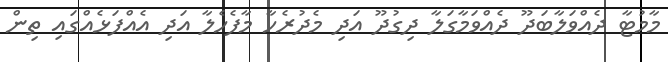
މާމުޓާ ދެއްވަލާބަދޫ ދެއްވަމާގަލާ ދިގުދޫ އަދި މެދުރެހާ މާފެހެލާ އަދި އެއްފަޅެއްގައި ތިން